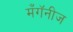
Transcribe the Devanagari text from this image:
मँगॅनीज